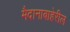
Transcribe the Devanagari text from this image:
मैदानाबाहेरील